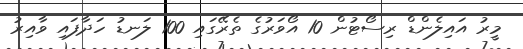
މީރު އައިލެންޑް ރިސޯޓުން 10 އޯވަރުގެ ތެރޭގައި 100 ލަނޑު ހަދާފައި ވާއިރު